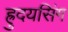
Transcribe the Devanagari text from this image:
ह्रुदयसिंग